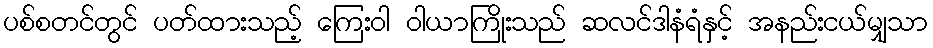
ပစ်စတင်တွင် ပတ်ထားသည့် ကြေးဝါ ဝါယာကြိုးသည် ဆလင်ဒါနံရံနှင့် အနည်းငယ်မျှသာ